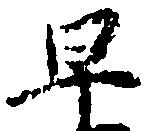
早